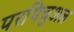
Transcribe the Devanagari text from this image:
परपिचुअल